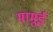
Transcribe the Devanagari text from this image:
मामुई